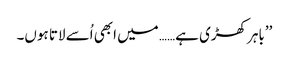
’’باہر کھڑی ہے…… میں ابھی اُسے لاتا ہوں۔